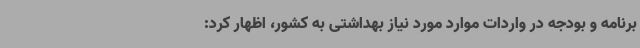
برنامه و بودجه در واردات موارد مورد نیاز بهداشتی به کشور، اظهار کرد: